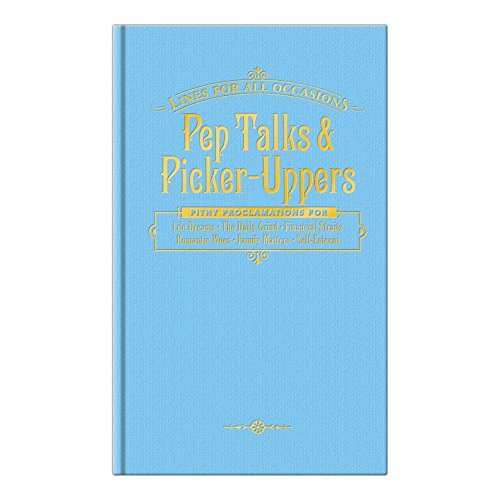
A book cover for Pep Talks and Picker-Uppers; Knock Knock; Humor & Entertainment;